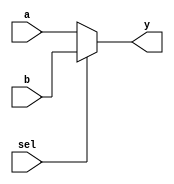
module mux2to1 (
    input wire a,       // Input signal a
    input wire b,       // Input signal b
    input wire sel,     // Select signal
    output reg y        // Output signal
);

    // Combinational logic using @(*) sensitivity list
    always @(*) begin
        if (sel) begin
            y = b;      // If sel is high, output b
        end else begin
            y = a;      // If sel is low, output a
        end
    end

endmodule